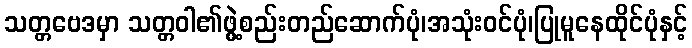
သတ္တဗေဒမှာ သတ္တဝါ၏ဖွဲ့စည်းတည်ဆောက်ပုံ၊အသုံးဝင်ပုံ၊ပြုမူနေထိုင်ပုံနှင့်